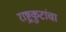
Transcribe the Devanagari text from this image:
राष्ट्रकुटांचा